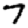
Digit: 7